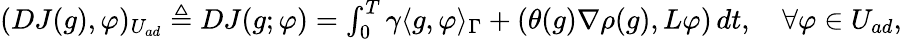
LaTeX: \begin{array}{r}{(DJ(g),\varphi)_{U_{ad}}\triangleq DJ(g;\varphi)=\int_{0}^{T}\gamma\langle g,\varphi\rangle_{\Gamma}+(\theta(g)\nabla\rho(g),L\varphi)\, dt,\quad\forall\varphi\in U_{ad},}\end{array}